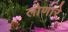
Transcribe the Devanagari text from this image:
लोणारे